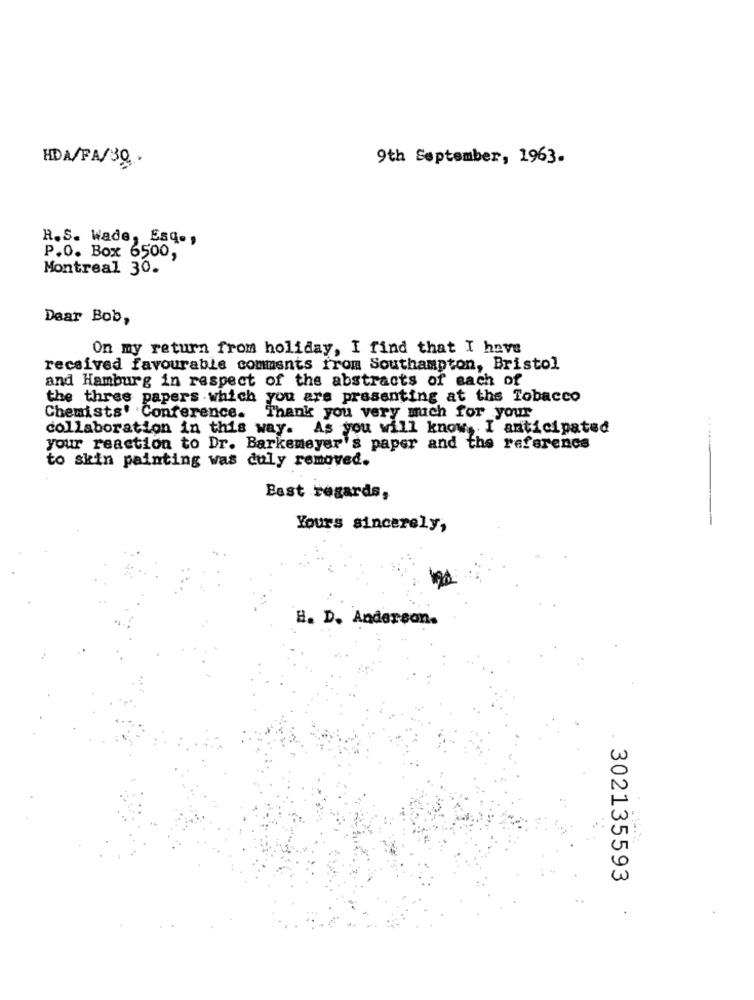
HDA/FA/30 .
9th September, 1963.
R.S. Wade, Esq .,
P.O. Box 6500,
Montreal 30.
Dear Bob,
On my return from holiday, I find that I have
received favourable comments from Southampton, Bristol
and Hamburg in respect of the abstracts of each of
the three papers which you are presenting at the Tobacco
Chemists' Conference.
Thank you very much for your
collaboration in this way. As you will know, I anticipated
your reaction to Dr. Barkemeyer's paper and the reference
to skin painting was duly removed.
Best regards,
Yours sincerely,
B. D. Anderson.
302135593